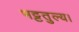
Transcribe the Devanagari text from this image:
भट्टतुल्य।